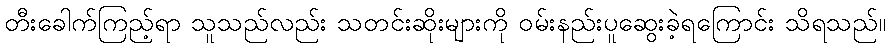
တီးခေါက်ကြည့်ရာ သူသည်လည်း သတင်းဆိုးများကို ဝမ်းနည်းပူဆွေးခဲ့ရကြောင်း သိရသည်။